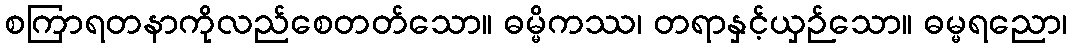
စကြာရတနာကိုလည်စေတတ်သော။ ဓမ္မိကဿ၊ တရာနှင့်ယှဉ်သော။ ဓမ္မရညော၊